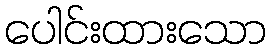
ပေါင်းထားသော